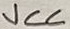
Text: VCC